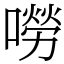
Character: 嘮